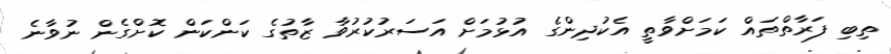
ތިބި ފަރާތްތައް ކަމަށްވާތީ އެކުދިންގެ އުޅުމަށް އަސަރުކުރުވާ ޒާތުގެ ކަންކަން ކޮށްގެން ނުވާނެ